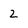
Character: 2